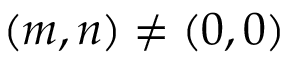
( m , n ) \neq ( 0 , 0 )